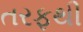
તરફથી